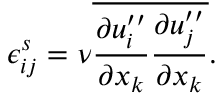
\epsilon _ { i j } ^ { s } = \nu \overline { { { \frac { \partial u _ { i } ^ { \prime \prime } } { \partial x _ { k } } \frac { \partial u _ { j } ^ { \prime \prime } } { \partial x _ { k } } } } } .